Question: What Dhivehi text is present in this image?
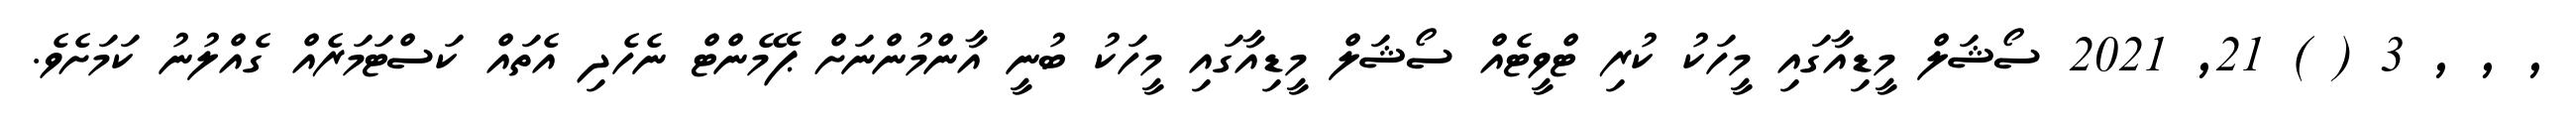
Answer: , , , 3 ( ) 21, 2021 ސޯޝަލް މީޑިއާގައި މީހަކު ކުރި ޓްވީޓެއް ސޯޝަލް މީޑިއާގައި މީހަކު ބުނީ އާންމުންނަށް ޕޭމެންޓް ނެހެދި އެތައް ކަސްޓަމަރެއް ގެއްލުނު ކަމަށެވެ.